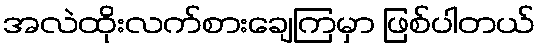
အလဲထိုးလက်စားချေကြမှာ ဖြစ်ပါတယ်